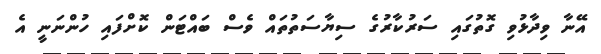
އޭނާ ވިދާޅުވި ގޮތުގައި ސަރުކާރުގެ ސިޔާސަތުތައް ވެސް ބައްޓަން ކޮށްފައި ހުންނަނީ އެ